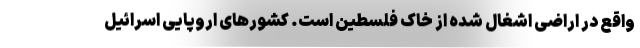
واقع در اراضی اشغال شده از خاک فلسطین است. کشورهای اروپایی اسرائیل